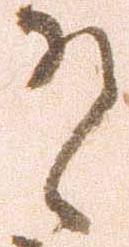
有